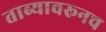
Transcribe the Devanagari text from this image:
ताब्यावरूनच